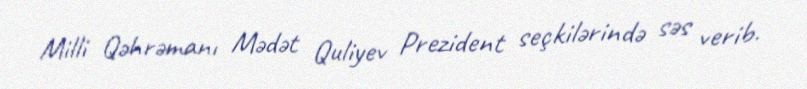
Milli Qəhrəmanı Mədət Quliyev Prezident seçkilərində səs verib.